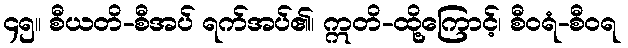
၄၅။ စီယတိ-စီအပ် ရက်အပ်၏၊ ဣတိ-ထို့ကြောင့်၊ စီဝရံ-စီဝရ